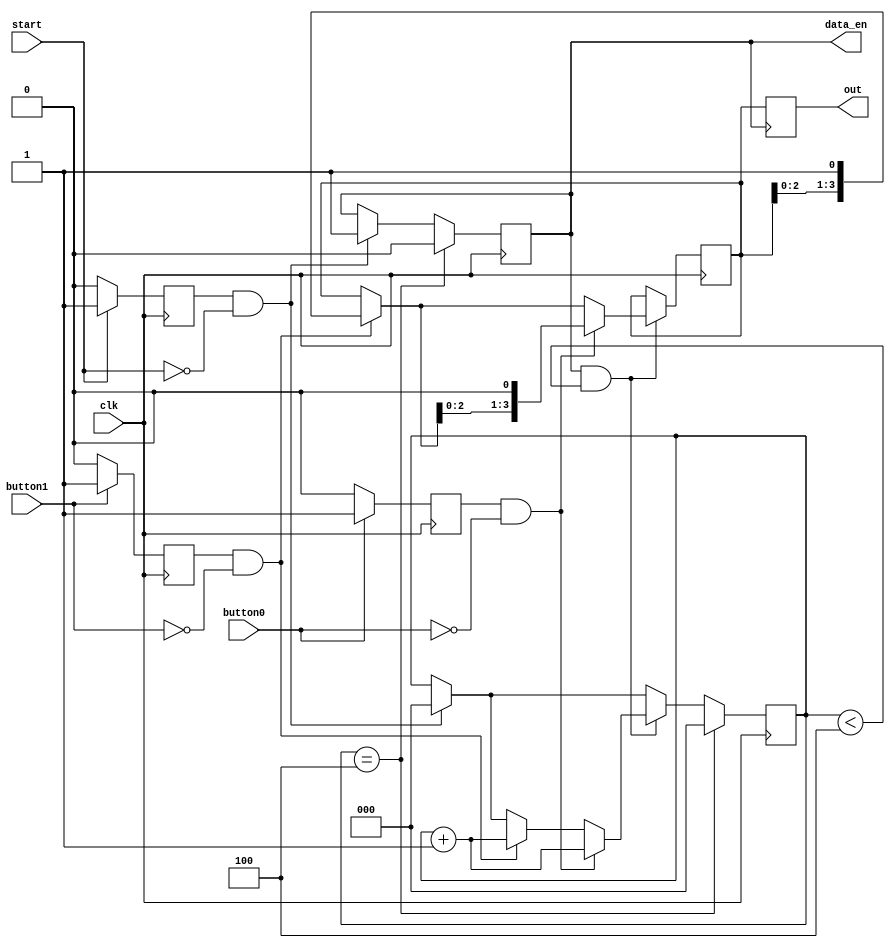
module take_input (input clk,
							input button0,
							input button1,
							input start,
							output reg [3:0] out,
							output reg data_en
							);
							
reg start_previous;
reg button0_prev;
reg button1_prev;
reg [3:0] coll;
reg [2:0] count;

initial begin

	data_en = 0;
	coll = 4'b0000;
	out = 4'b0000;
	count = 3'b000;
	
end

always @(posedge clk) begin

		if (start == 1) start_previous <= 1;
		else if (start == 0) start_previous <= 0;

		if (button0 == 1) button0_prev <= 1;
		else if (button0 == 0) button0_prev <= 0;
		
		if (button1 == 1) button1_prev <= 1;
		else if (button1 == 0) button1_prev <= 0;
		
		if (start_previous == 1 && start == 0)
		begin
			data_en <= 1;
			count <= 3'b000;
		end
		
		if (data_en && (count < 3'b100))
		begin
		
			if (button1_prev == 1 && button1 == 0) begin
				coll = {coll[2:0], 1'b1};
				count <= count + 3'b001;
			end
			
			if (button0_prev == 1 && button0 == 0) begin
				coll = {coll[2:0], 1'b0};
				count <= count + 3'b001;
			end

		end
		
		if (count == 3'b100)
		begin
			data_en <= 0;
			count <= 3'b000;
		end
	
end


always @(negedge data_en) begin
	out<=coll;
end
endmodule